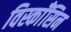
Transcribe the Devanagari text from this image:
विस्काँसिन